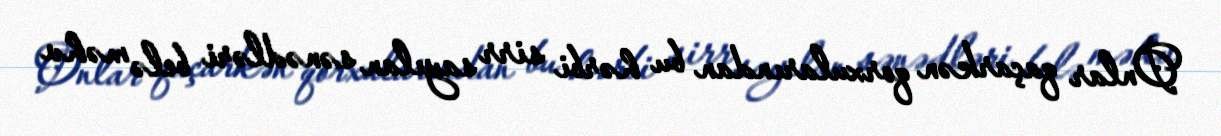
Onlar qaçarkən qorxularından bu hərbi sirr sayılan sənədləri belə məhv